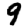
Digit: 9